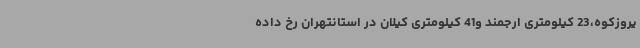
یروزکوه،23 کیلومتری ارجمند و41 کیلومتری کیلان در استانتهران رخ داده